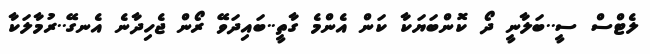
ލެޓްސް ސީ..ބަލާނީ ދޯ ކޮންބަޔަކާ ކަން އެންމެ ގާތީ..ބައިދަވޭ ރޯން ޖެހިދާނެ އެނގޭ..ރުމާލަކާ